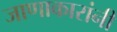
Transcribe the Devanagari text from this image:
जाणाकारांनी